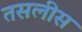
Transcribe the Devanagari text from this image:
तसलीस